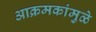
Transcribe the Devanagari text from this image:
आक्रमकांमुळे